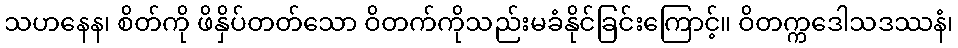
သဟနေန၊ စိတ်ကို ဖိနှိပ်တတ်သော ဝိတက်ကိုသည်းမခံနိုင်ခြင်းကြောင့်။ ဝိတက္ကဒေါသဒဿနံ၊